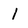
Character: 1